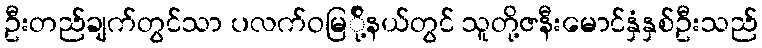
ဦးတည်ချက်တွင်သာ ပလက်ဝမြ်ို့နယ်တွင် သူတို့ဇနီးမောင်နှံနှစ်ဦးသည်